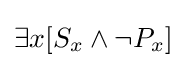
\exists {x}[S_{x}\land \neg P_{x}]